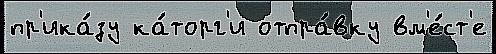
пр'ика́зу ка́торг'и отпра́вку вм'е́ст'е